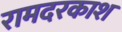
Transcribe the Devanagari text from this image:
रामदरकाश